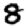
Digit: 8